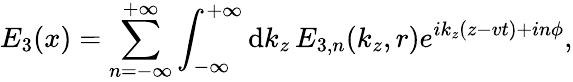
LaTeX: E_{3}(x)=\sum_{n=-\infty}^{+\infty}\int_{-\infty}^{+\infty}\mathrm{d}k_{z}\, E_{3,n}(k_{z},r)e^{ik_{z}(z-vt)+in\phi},